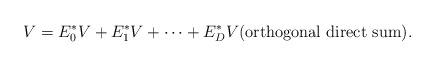
LaTeX: \begin{align*}V = E_0^*V + E_1^*V + \cdots + E_D^*V {\rm (orthogonal\ direct\ sum}).\end{align*}